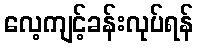
လေ့ကျင့်ခန်းလုပ်ရန်